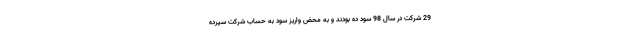
29 شرکت در سال 98 سود ده بودند و به محض واریز سود به حساب شرکت سپرده